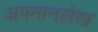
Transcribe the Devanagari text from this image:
अपमानलेख